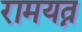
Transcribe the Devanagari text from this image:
रामयत्न